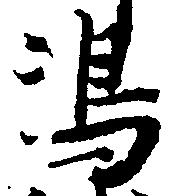
嶋